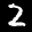
Label: 2